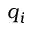
q _ { i }